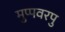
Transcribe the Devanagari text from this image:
मुप्पवरपु